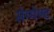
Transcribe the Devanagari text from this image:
सेग्मेण्ट